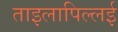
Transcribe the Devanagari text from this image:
ताइलापिल्लई